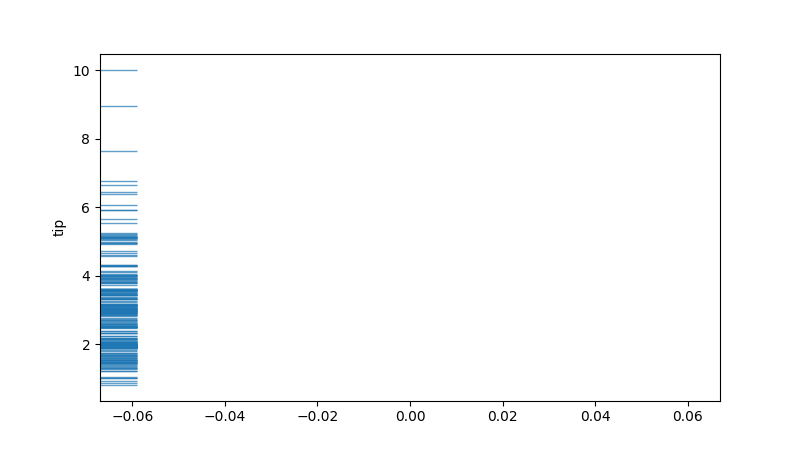
python, seaborn, rugplot, height=0.06, axis='y', alpha=0.7